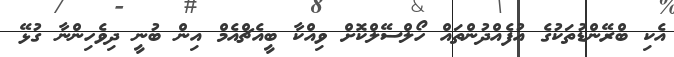
އެކި ބްރޭންޑުތަކުގެ އުފެއްދުންތައް ހޯލްސޭލްކޮށް ވިއްކާ ބީއެޗްއެމް އިން ބުނީ ދިވެހިންނާ ގުޅޭ